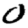
Digit: 0